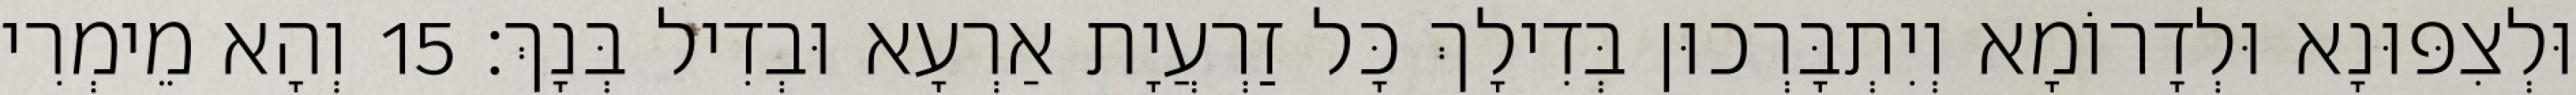
וּלְצִפּוּנָא וּלְדָרוֹמָא וְיִתְבָּרְכוּן בְּדִילָךְ כָּל זַרְעֲיָת אַרְעָא וּבְדִיל בְּנָךְ׃ 15 וְהָא מֵימְרִי